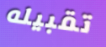
تقبيله